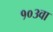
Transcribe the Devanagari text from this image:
१०३वा